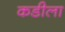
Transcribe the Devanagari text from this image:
कडीला